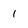
Character: 1